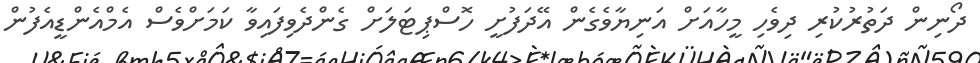
ދޯނިން ދަތުރުކުރި ދިވެހި މީހާއަށް އަނިޔާވެގެން އޭދަފުށީ ހޮސްޕިޓަލަށް ގެންދެވިފައިވާ ކަމަށްވެސް އެމްއެންޑީއެފުން